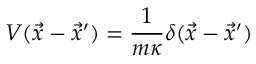
V ( \vec { x } - \vec { x } ^ { \prime } ) = { \frac { 1 } { m \kappa } } \delta ( \vec { x } - \vec { x } ^ { \prime } )